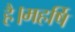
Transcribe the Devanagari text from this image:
है।महर्षि